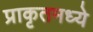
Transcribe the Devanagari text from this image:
प्राकृतमध्ये